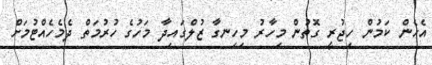
އެހެން ކަމުން ހިޖުރީ ގޮތުން މިހާރު މިހިނގާ ޒުލްގައިދާ މަހުގެ ހުރުމަތް ދެމެހެއްޓުމަށް